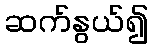
ဆက်နွယ်၍